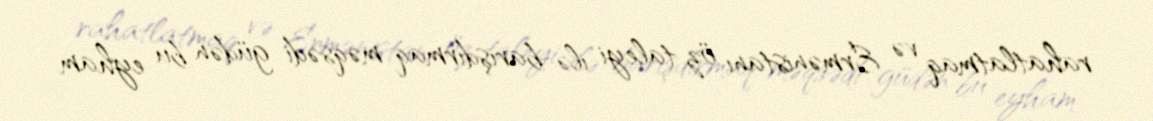
rahatlatmaq və Ermənistanı öz taleyi ilə barışdırmaq məqsədi güdən bu eyham